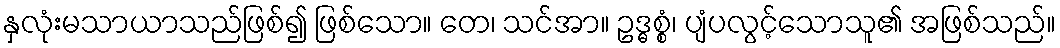
နှလုံးမသာယာသည်ဖြစ်၍ ဖြစ်သော။ တေ၊ သင်အာ။ ဥဒ္ဓစ္စံ၊ ပျံပလွင့်သောသူ၏ အဖြစ်သည်။